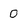
Character: 0